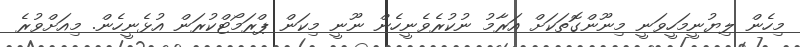
މިހެން ލިޔުނީމަހީވަނީ މިނޫންގޮތަކަށް އަރާމު ނުކުރެވެނީހެން ނޫނީ މިކަން ޕްރަމޯޓްކުރަން އުޅެނީހެން. މިއަށްވުރެ